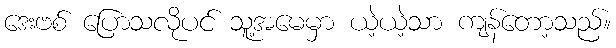
ဒေးဗစ် ပြောသလိုပင် သူ့အမေမှာ ယဲ့ယဲ့သာ ကျန်တော့သည်။